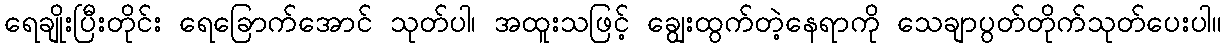
ရေချိုးပြီးတိုင်း ရေခြောက်အောင် သုတ်ပါ၊ အထူးသဖြင့် ချွေးထွက်တဲ့နေရာကို သေချာပွတ်တိုက်သုတ်ပေးပါ။